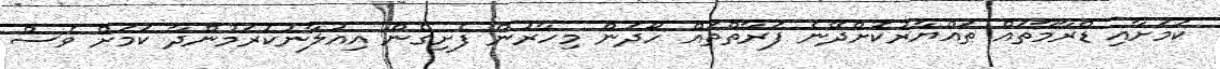
ކަމަށާއި ޑްރާމާތައް ތައްޔާރުކޮށްދޭނެ ފަރާތްތައް ހޯދަން މިހާރުން ފެށިގެން އިއުލާނުކުރަމުންދާ ކަމަށް ވެސް